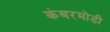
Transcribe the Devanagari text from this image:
कंबरमोडी